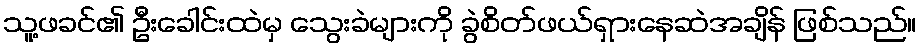
သူ့ဖခင်၏ ဦးခေါင်းထဲမှ သွေးခဲများကို ခွဲစိတ်ဖယ်ရှားနေဆဲအချိန် ဖြစ်သည်။